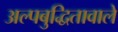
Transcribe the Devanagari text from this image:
अल्पबुद्धितावाले